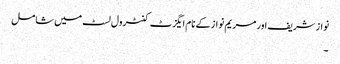
نواز شریف اور مریم نواز کے نام ایگزٹ کنٹرول لسٹ میں شامل
۔